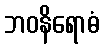
ဘဝနိရောဓံ